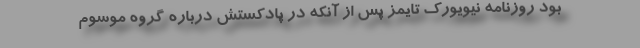
بود روزنامه نیویورک تایمز پس از آنکه در پادکستش درباره گروه موسوم